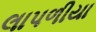
લાપળીયા